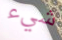
شيء